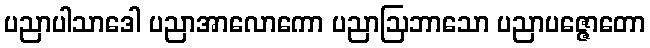
ပညာပါသာဒေါ ပညာအာလောကော ပညာဩဘာသော ပညာပဇ္ဇောတော